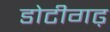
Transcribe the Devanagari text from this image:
डोटीगढ़